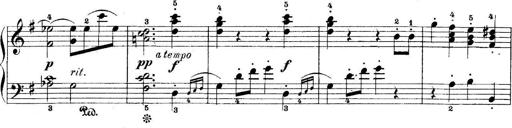
Title: 5 Sonatinas
Composer: Theodor Kirchner